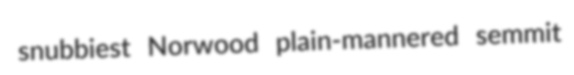
snubbiest Norwood plain-mannered semmit